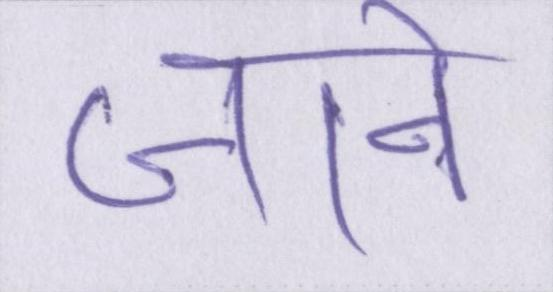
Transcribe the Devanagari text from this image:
जाने